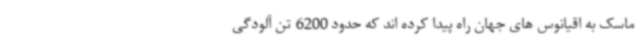
ماسک به اقیانوس های جهان راه پیدا کرده اند که حدود 6200 تن آلودگی